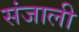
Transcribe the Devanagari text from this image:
संजाली